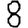
Digit: 8